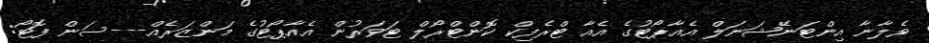
ވެލާނާ އިންޓަނޭޝަނަލް އެއާޕޯޓުގެ އެއާ ޓްރެފިކް ކޮންޓްރޯލް ޓަވަރުން އެއާޕޯޓުގެ މަންޒަރެއް---ސަން ފޮޓޯ: